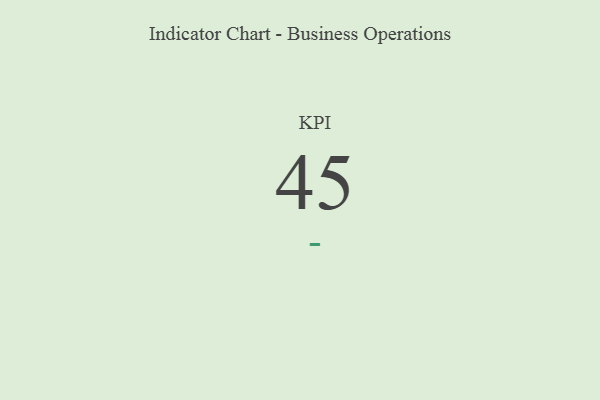
{"axis": {"x": "KPI", "y": "Value"}, "legend": [""], "data": [{"x": "KPI", "y": 45, "type": ""}]}